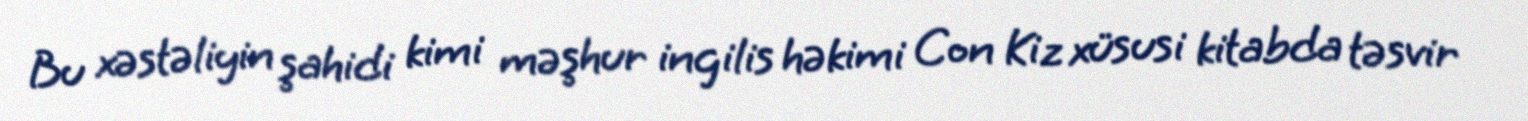
Bu xəstəliyin şahidi kimi məşhur ingilis həkimi Con Kiz xüsusi kitabda təsvir